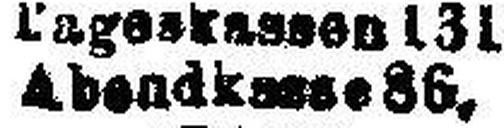
Abendkesse 86.